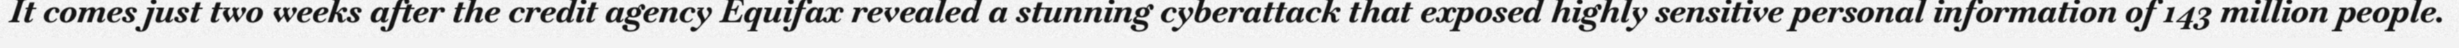
It comes just two weeks after the credit agency Equifax revealed a stunning cyberattack that exposed highly sensitive personal information of 143 million people.